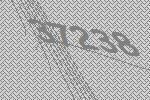
37238